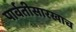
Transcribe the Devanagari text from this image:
पार्वतीसारखाच